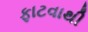
ફાટવાથી